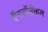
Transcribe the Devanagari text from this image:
ऍनाटॉमीकल